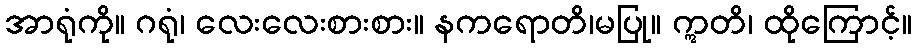
အာရုံကို။ ဂရုံ၊ လေးလေးစားစား။ နကရောတိ၊မပြု။ ဣတိ၊ ထိုကြောင့်။